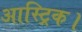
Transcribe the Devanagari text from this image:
आस्ट्रिक।